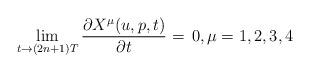
LaTeX: \begin{align*} \lim_{t\to (2n+1)T}\frac{\partial X^\mu(u,p,t)}{\partial t}=\, 0,\mu=1,2,3,4 \end{align*}